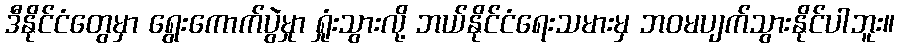
ဒီနိုင်ငံတွေမှာ ရွေးကောက်ပွဲမှုာ ရှုံးသွားလို့ ဘယ်နိုင်ငံရေးသမားမှ ဘဝမပျက်သွားနိုင်ပါဘူး။